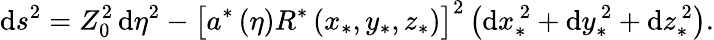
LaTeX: \begin{array}{r}{\begin{array}{rcl}{\displaystyle\mathrm{d}s^{2}=Z_{0}^{2}\, \mathrm{d}\eta^{2}-\big[a^{\ast}\left(\eta\right)R^{\ast}\left(x_{\ast},y_{\ast},z_{\ast}\right)\big]^{2}\left(\mathrm{d}x_{\ast}^{\, 2}+\mathrm{d}y_{\ast}^{\, 2}+\mathrm{d}z_{\ast}^{\, 2}\right).}\end{array}}\end{array}